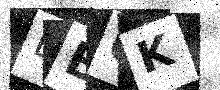
Text: BB0K